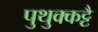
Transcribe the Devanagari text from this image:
पुथुक्कट्टै